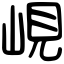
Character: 峴